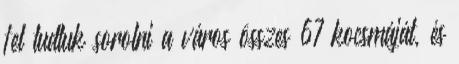
fel tudtuk sorolni a város összes 67 kocsmáját, és